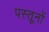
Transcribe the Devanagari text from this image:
पस्तूनों